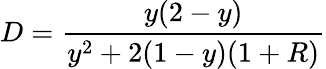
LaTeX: D=\frac{y(2-y)}{y^{2}+2(1-y)(1+R)}